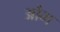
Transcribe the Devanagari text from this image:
औभ